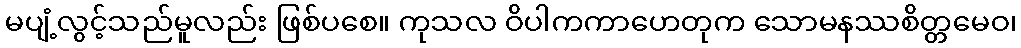
မပျံ့လွင့်သည်မူလည်း ဖြစ်ပစေ။ ကုသလ ဝိပါကကာဟေတုက သောမနဿစိတ္တမေဝ၊